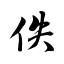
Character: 佚